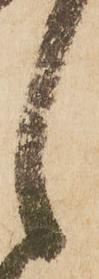
之